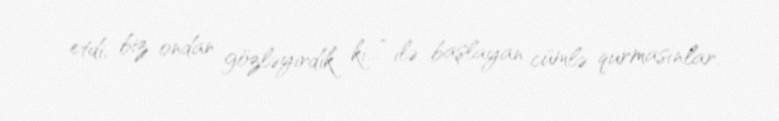
etdi, biz ondan gözləyirdik ki...” ilə başlayan cümlə qurmasınlar.